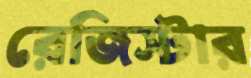
রেজিস্টার